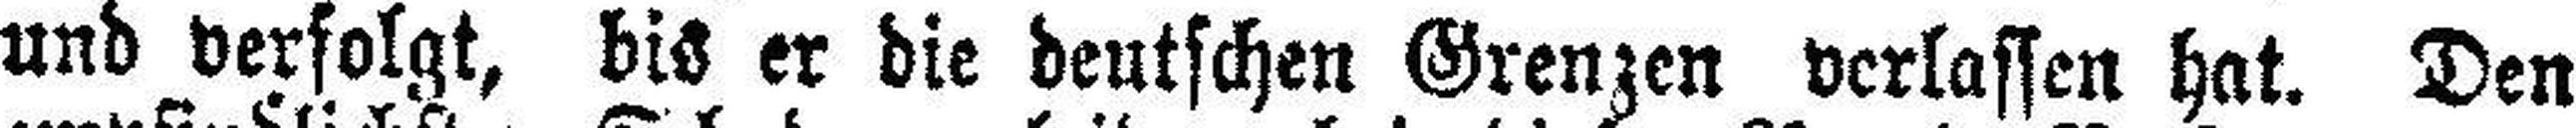
und verfolgt, bis er die deutschen Grenzen verlassen hat. Den